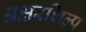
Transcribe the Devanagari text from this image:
अक्षरशिल्प